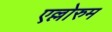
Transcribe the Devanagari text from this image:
एल्लोरुम